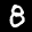
Label: 8